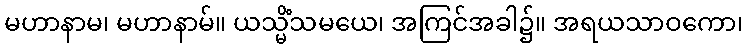
မဟာနာမ၊ မဟာနာမ်။ ယသ္မိံသမယေ၊ အကြင်အခါ၌။ အရယသာဝကော၊